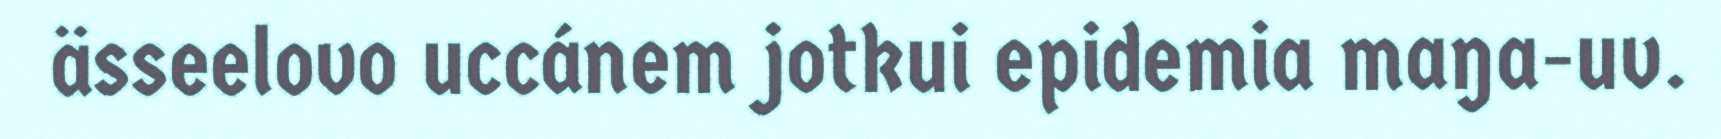
ässeelovo uccánem jotkui epidemia maŋa-uv.